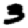
Digit: 3